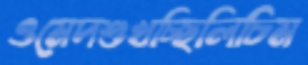
ওমেদশুখচ্ছিলিচিম